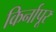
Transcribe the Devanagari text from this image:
किर्नापूर